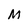
Character: M